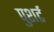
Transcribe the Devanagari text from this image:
पुशर्ट